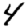
Digit: 4